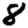
Digit: 8